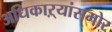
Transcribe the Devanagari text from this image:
अधिकाऱ्यांसमोर